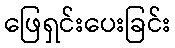
ဖြေရှင်းပေးခြင်း